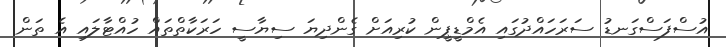
އުސްފަސްގަނޑު ސަރަހައްދުގައި އެމްޑީޕީން ކުރިއަށް ގެންދިޔަ ސިޔާސީ ހަރަކާތްތައް ހުއްޓާލައި އެ ތަން